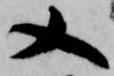
又